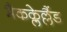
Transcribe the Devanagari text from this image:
मैकक्लेल्लैंड